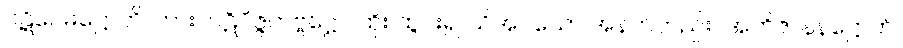
ပဋိဝေဓဋ္ဌောတိ၊ ကား။ ပဋိဝိဇ္ဇတဗ္ဗဋ္ဌော၊ ထိုး ထွင်း၍ သိအပ်သော အနက်တည်း။ အဘိဇာနနဋ္ဌောတိ၊